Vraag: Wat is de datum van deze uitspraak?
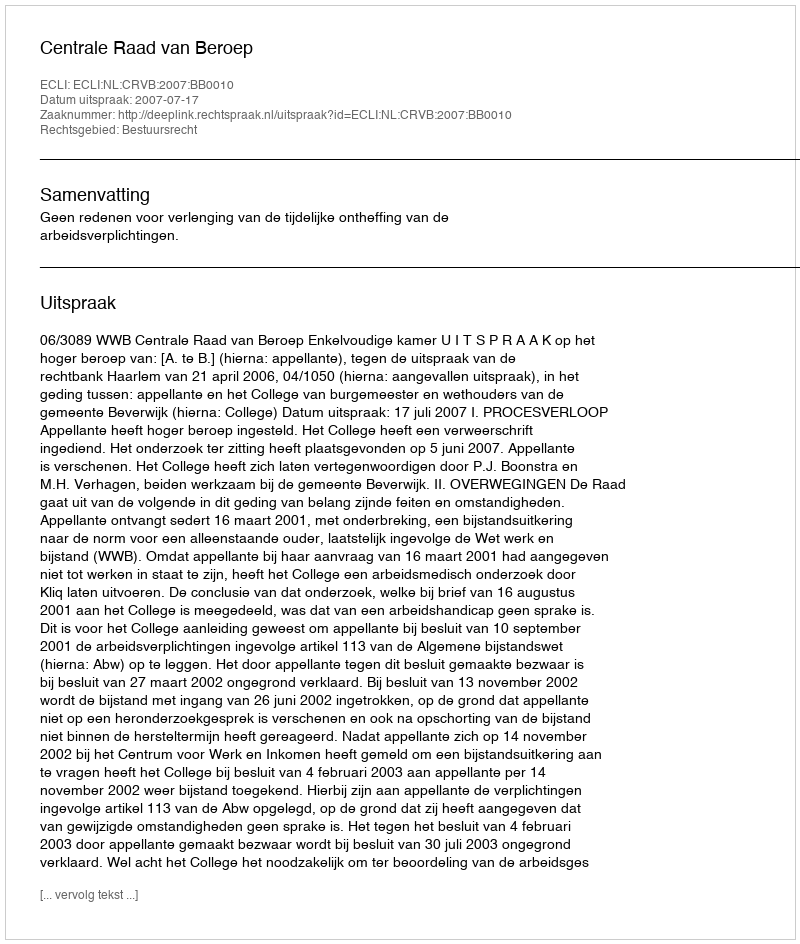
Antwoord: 2007-07-17